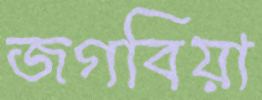
জগবিয়া